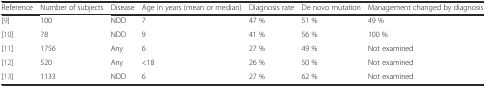
<table><thead><tr><td><b>Reference</b></td><td><b>Number of subjects</b></td><td><b>Disease</b></td><td><b>Age in years (mean or median)</b></td><td><b>Diagnosis rate</b></td><td><b>De novo mutation</b></td><td><b>Management changed by diagnosis</b></td></tr></thead><tbody><tr><td>[9]</td><td>100</td><td>NDD</td><td>7</td><td>47 %</td><td>51 %</td><td>49 %</td></tr><tr><td>[10]</td><td>78</td><td>NDD</td><td>9</td><td>41 %</td><td>56 %</td><td>100 %</td></tr><tr><td>[11]</td><td>1756</td><td>Any</td><td>6</td><td>27 %</td><td>49 %</td><td>Not examined</td></tr><tr><td>[12]</td><td>520</td><td>Any</td><td>&lt;18</td><td>26 %</td><td>50 %</td><td>Not examined</td></tr><tr><td>[13]</td><td>1133</td><td>NDD</td><td>6</td><td>27 %</td><td>62 %</td><td>Not examined</td></tr></tbody></table>